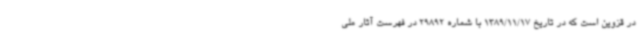
در قزوین است که در تاریخ 1389/11/17 با شماره 29892 در فهرست آثار ملی